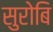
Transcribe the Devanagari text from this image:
सुरोबि